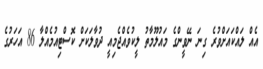
އެއް ލައްކައަށްވުރެ ގިނަ ނޭވީންގެ މައުލޫމާތު ލީކުވެއްޖެމިއީ ދުވާލަކަށް ކޮސްޓިއުމެއްލާ 86 އަހަރުގެ